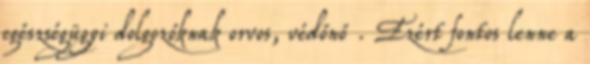
egészségügyi dolgozóknak orvos, védőnő . Ezért fontos lenne a